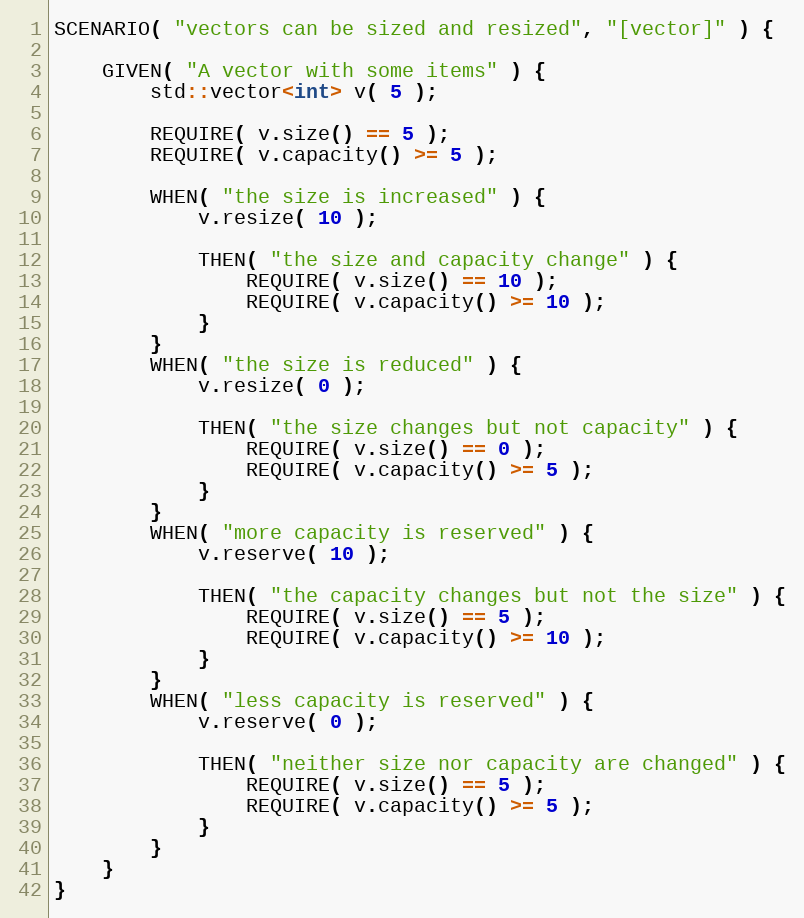
Language: C++
SCENARIO( "vectors can be sized and resized", "[vector]" ) {

    GIVEN( "A vector with some items" ) {
        std::vector<int> v( 5 );

        REQUIRE( v.size() == 5 );
        REQUIRE( v.capacity() >= 5 );

        WHEN( "the size is increased" ) {
            v.resize( 10 );

            THEN( "the size and capacity change" ) {
                REQUIRE( v.size() == 10 );
                REQUIRE( v.capacity() >= 10 );
            }
        }
        WHEN( "the size is reduced" ) {
            v.resize( 0 );

            THEN( "the size changes but not capacity" ) {
                REQUIRE( v.size() == 0 );
                REQUIRE( v.capacity() >= 5 );
            }
        }
        WHEN( "more capacity is reserved" ) {
            v.reserve( 10 );

            THEN( "the capacity changes but not the size" ) {
                REQUIRE( v.size() == 5 );
                REQUIRE( v.capacity() >= 10 );
            }
        }
        WHEN( "less capacity is reserved" ) {
            v.reserve( 0 );

            THEN( "neither size nor capacity are changed" ) {
                REQUIRE( v.size() == 5 );
                REQUIRE( v.capacity() >= 5 );
            }
        }
    }
}